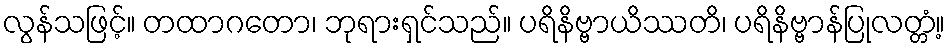
လွန်သဖြင့်။ တထာဂတော၊ ဘုရားရှင်သည်။ ပရိနိဗ္ဗာယိဿတိ၊ ပရိနိဗ္ဗာန်ပြုလတ္တံ့။